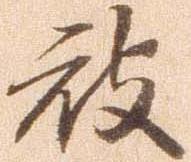
被